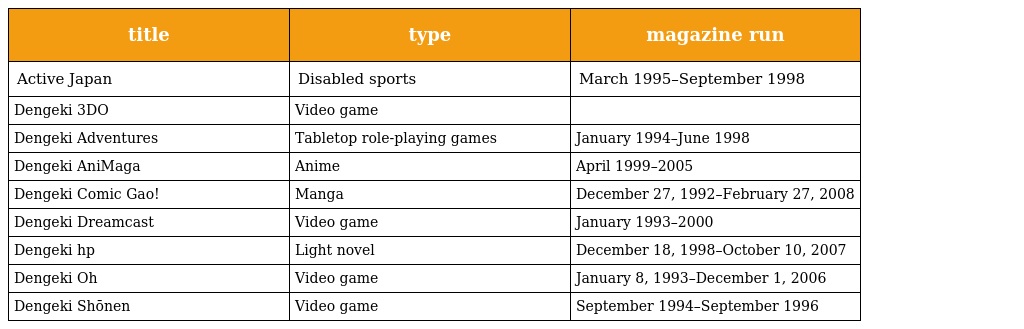
| title | type | magazine run |
 | --- | --- | --- |
 | Active Japan | Disabled sports | March 1995–September 1998 |
 | Dengeki 3DO | Video game |  |
 | Dengeki Adventures | Tabletop role-playing games | January 1994–June 1998 |
 | Dengeki AniMaga | Anime | April 1999–2005 |
 | Dengeki Comic Gao! | Manga | December 27, 1992–February 27, 2008 |
 | Dengeki Dreamcast | Video game | January 1993–2000 |
 | Dengeki hp | Light novel | December 18, 1998–October 10, 2007 |
 | Dengeki Oh | Video game | January 8, 1993–December 1, 2006 |
 | Dengeki Shōnen | Video game | September 1994–September 1996 |